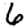
Digit: 6